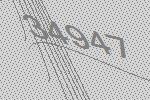
34947